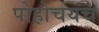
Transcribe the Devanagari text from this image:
पोहोचयच